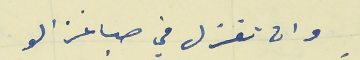
وان تغزل في صبا غزالو